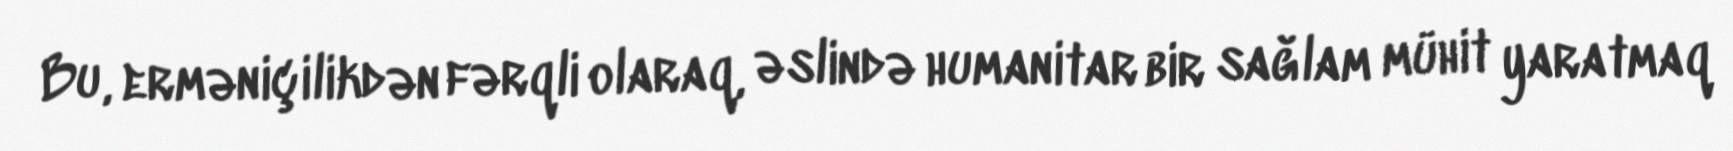
Bu, erməniçilikdən fərqli olaraq, əslində humanitar bir sağlam mühit yaratmaq